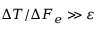
\Delta T / \Delta F _ { e } \gg \varepsilon